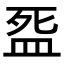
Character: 𭮓